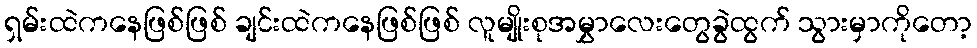
ရှမ်းထဲကနေဖြစ်ဖြစ် ချင်းထဲကနေဖြစ်ဖြစ် လူမျိုးစုအမွှာလေးတွေခွဲထွက် သွားမှာကိုတော့